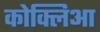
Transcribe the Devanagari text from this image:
कोक्लिआ